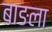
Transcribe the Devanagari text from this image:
बाङला